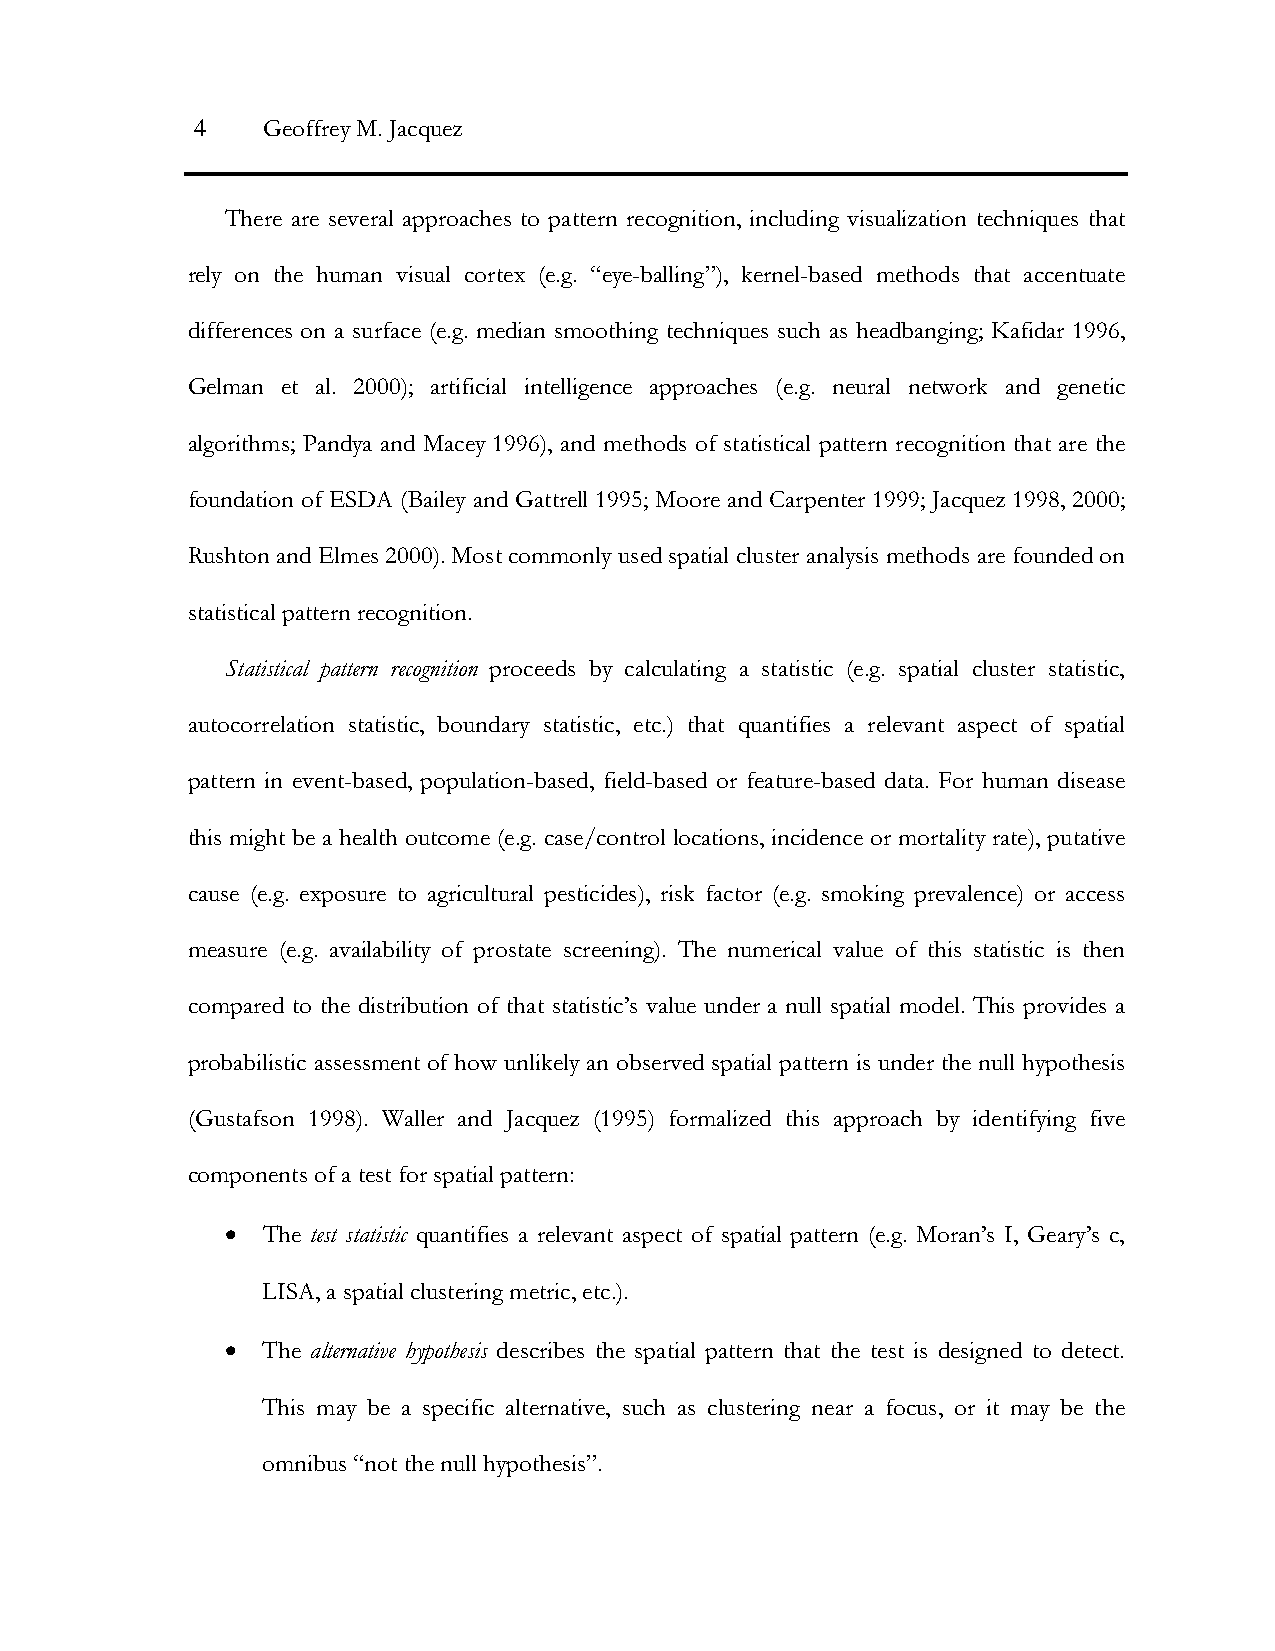
4   Geoffrey M. Jacquez
 There are several approaches to pattern recognition, including visualization techniques that
 rely on the human visual cortex (e.g. “eye-balling”), kernel-based methods that accentuate
 differences on a surface (e.g. median smoothing techniques such as headbanging; Kafidar 1996,
 Gelman et al. 2000); artificial intelligence approaches (e.g. neural network and genetic
 algorithms; Pandya and Macey 1996), and methods of statistical pattern recognition that are the
 foundation of ESDA (Bailey and Gattrell 1995; Moore and Carpenter 1999; Jacquez 1998, 2000;
 Rushton and Elmes 2000). Most commonly used spatial cluster analysis methods are founded on
 statistical pattern recognition.
 Statistical pattern recognition proceeds by calculating a statistic (e.g. spatial cluster statistic,
 autocorrelation statistic, boundary statistic, etc.) that quantifies a relevant aspect of spatial
 pattern in event-based, population-based, field-based or feature-based data. For human disease
 this might be a health outcome (e.g. case/control locations, incidence or mortality rate), putative
 cause (e.g. exposure to agricultural pesticides), risk factor (e.g. smoking prevalence) or access
 measure (e.g. availability of prostate screening). The numerical value of this statistic is then
 compared to the distribution of that statistic’s value under a null spatial model. This provides a
 probabilistic assessment of how unlikely an observed spatial pattern is under the null hypothesis
 (Gustafson 1998). Waller and Jacquez (1995) formalized this approach by identifying five
 components of a test for spatial pattern:
 • The test statistic quantifies a relevant aspect of spatial pattern (e.g. Moran’s I, Geary’s c,
 LISA, a spatial clustering metric, etc.).
 • The alternative hypothesis describes the spatial pattern that the test is designed to detect.
 This may be a specific alternative, such as clustering near a focus, or it may be the
 omnibus “not the null hypothesis”.